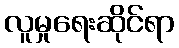
လူမှုရေးဆိုင်ရာ